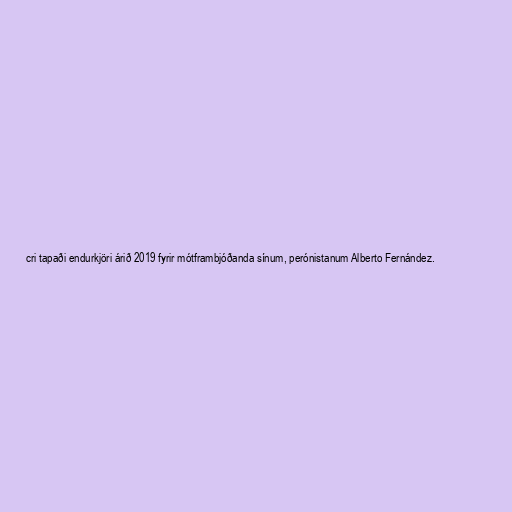
cri tapaði endurkjöri árið 2019 fyrir mótframbjóðanda sínum, perónistanum Alberto Fernández.